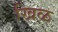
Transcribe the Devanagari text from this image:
खिळ